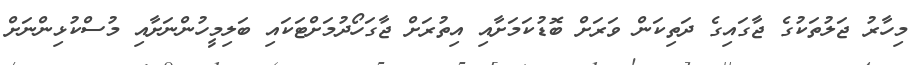
މިހާރު ޖަލުތަކުގެ ޖާގައިގެ ދަތިކަން ވަރަށް ބޮޑުކަމަށާއި އިތުރަށް ޖާގަހޯދުމަށްޓަކައި ބަލިމީހުންނަށާއި މުސްކުޅިންނަށް